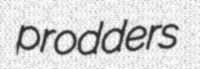
prodders